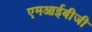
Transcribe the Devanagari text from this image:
एमआईबीजी